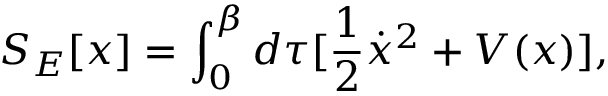
S _ { E } [ x ] = \int _ { 0 } ^ { \beta } d \tau [ \frac { 1 } { 2 } \dot { x } ^ { 2 } + V ( x ) ] ,